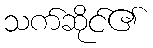
သက်ဆိုင်၏